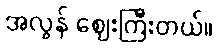
အလွန် ဈေးကြီးတယ်။